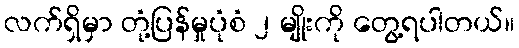
လက်ရှိမှာ တုံ့ပြန်မှုပုံစံ ၂ မျိုးကို တွေ့ရပါတယ်။